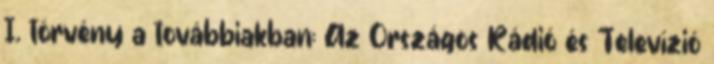
I. törvény a továbbiakban: Az Országos Rádió és Televízió